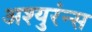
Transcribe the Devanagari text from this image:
अश्युरंन्स